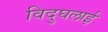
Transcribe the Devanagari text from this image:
विदुघलाई